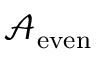
{ \mathcal { A } } _ { \mathrm { e v e n } }